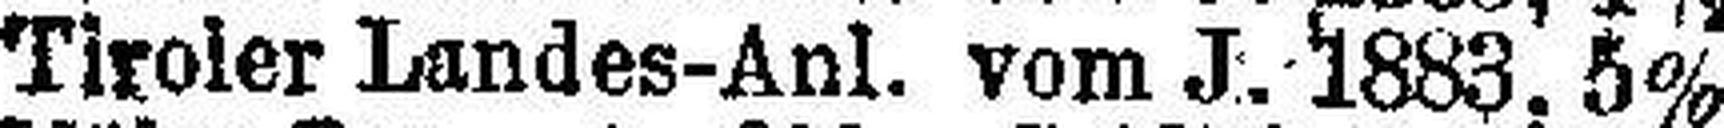
Tiroler Landes-Anl. vom J. 1883, 5%..